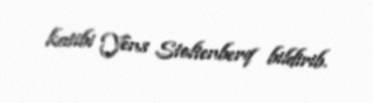
katibi Yens Stoltenberq bildirib.